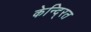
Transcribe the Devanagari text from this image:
केन्दि्रत